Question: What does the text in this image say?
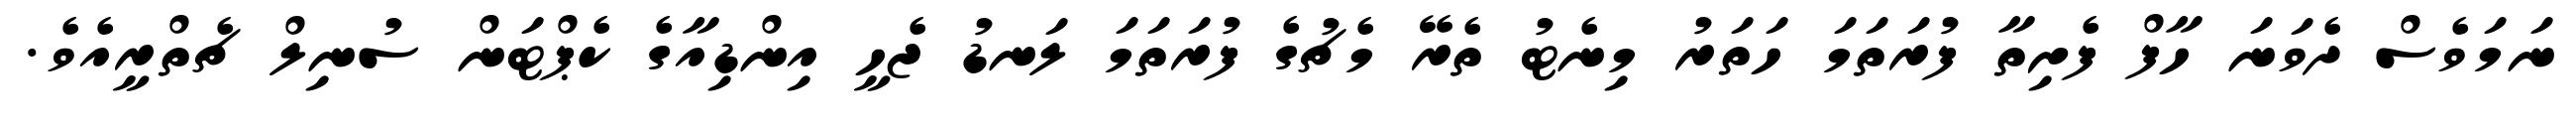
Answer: ނަމަވެސް ދެވަނަ ހާފް ފެށިތާ ފުރަތަމަ ހަތަރު މިނެޓު ތެރޭ މެޗުގެ ފުރަތަމަ ލަނޑު ޖެހީ އިންޑިއާގެ ކެޕްޓަން ސުނިލް ޗެތްރީއެވެ.